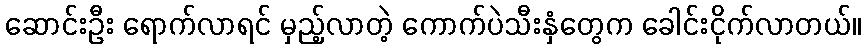
ဆောင်းဦး ရောက်လာရင် မှည့်လာတဲ့ ကောက်ပဲသီးနှံတွေက ခေါင်းငိုက်လာတယ်။